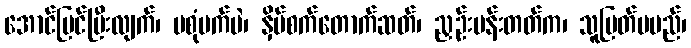
အောင်မြင်ပြီးလျက်၊ မစုံမက်ပဲ၊ နှိပ်စက်တောက်ဆတ်၊ ညှဉ်းပန်းတတ်က၊ သူမြတ်မမည်၊